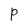
Character: P